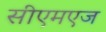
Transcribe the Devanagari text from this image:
सीएमएज